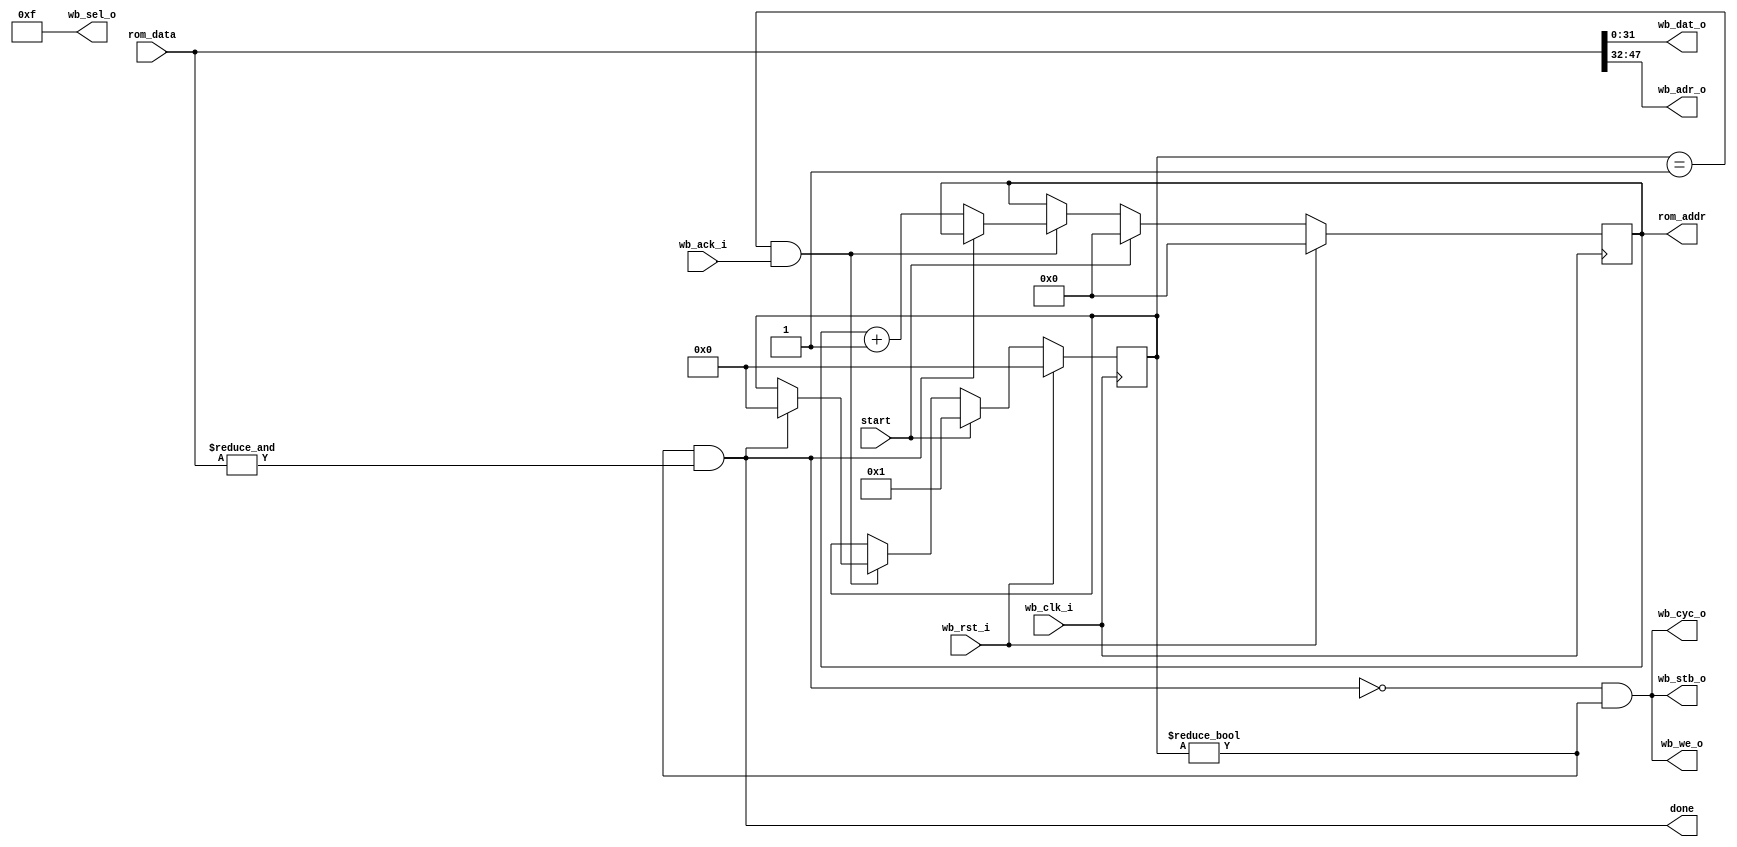

// wb_bus_writer
//
// WB Bus Master device to send a sequence of single-word transactions
// based on a list in a RAM or ROM (FASM interface)
// ROM data format is {WB_ADDR[15:0],WB_DATA[31:0]}
// continues until it gets an all-1s entry

module wb_bus_writer (input start,
		      output done,
		      output reg [15:0] rom_addr,
		      input [47:0] rom_data,
		      // WB Master Interface, don't need wb_dat_i
		      input wb_clk_i,
		      input wb_rst_i,
		      output [31:0] wb_dat_o,
		      input wb_ack_i,
		      output [15:0] wb_adr_o,
		      output wb_cyc_o,
		      output [3:0] wb_sel_o,
		      output wb_stb_o,
		      output wb_we_o
		      );

`define IDLE 0
`define READ 1
   
   reg [3:0] 		     state;
   
   assign 		     done = (state != `IDLE) && (&rom_data);  // Done when we see all 1s
   
   always @(posedge wb_clk_i)
     if(wb_rst_i)
       begin
	  rom_addr <= #1 0;
	  state <= #1 0;
       end
     else if(start)
       begin
	  rom_addr <= #1 0;
	  state <= #1 `READ;
       end
     else if((state == `READ) && wb_ack_i)
       if(done)
	 state <= #1 `IDLE;
       else
	 rom_addr <= #1 rom_addr + 1;
   
   assign wb_dat_o = rom_data[31:0];
   assign wb_adr_o = rom_data[47:32];
   assign wb_sel_o = 4'b1111;    // All writes are the full 32 bits
   
   assign wb_cyc_o = !done & (state != `IDLE);
   assign wb_stb_o = !done & (state != `IDLE);
   assign wb_we_o = !done & (state != `IDLE);
   
endmodule // wb_bus_writer